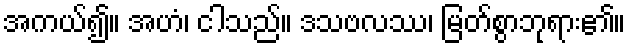
အကယ်၍။ အဟံ၊ ငါသည်။ ဒသဗလဿ၊ မြတ်စွာဘုရား၏။